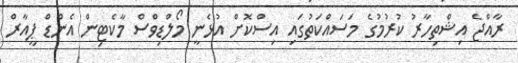
ރާއްޖެ އިޝްތިހާރު ކުރުމުގެ މަސައްކަތުގައި އިސްކޮށް އުޅެނީ މޯލްޑިވްސް މާކެޓިން އެންޑް ޕީއާރް